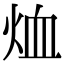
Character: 烅